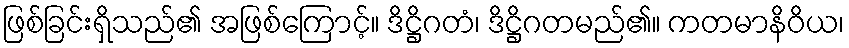
ဖြစ်ခြင်းရှိသည်၏ အဖြစ်ကြောင့်။ ဒိဋ္ဌိဂတံ၊ ဒိဋ္ဌိဂတမည်၏။ ကတမာနိဝိယ၊